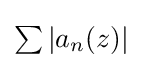
{\textstyle \sum \left|a_{n}(z)\right|}